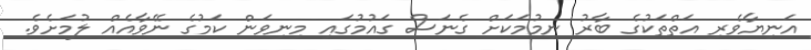
އަނިޔާވެރި އަތްތަކުގެ ބާރު ނިމުމަކަށް ގެނަސް ގައުމުގައި މިނިވަން ކަމުގެ ނޭވާއެއް ލުމަށެވެ.